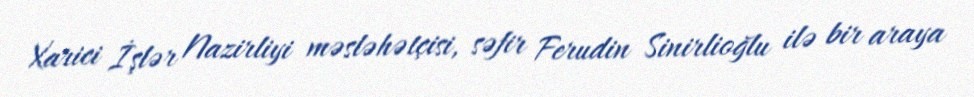
Xarici İşlər Nazirliyi məsləhətçisi, səfir Ferudin Sinirlioğlu ilə bir araya